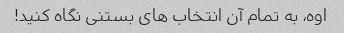
اوه، به تمام آن انتخاب های بستنی نگاه کنید!